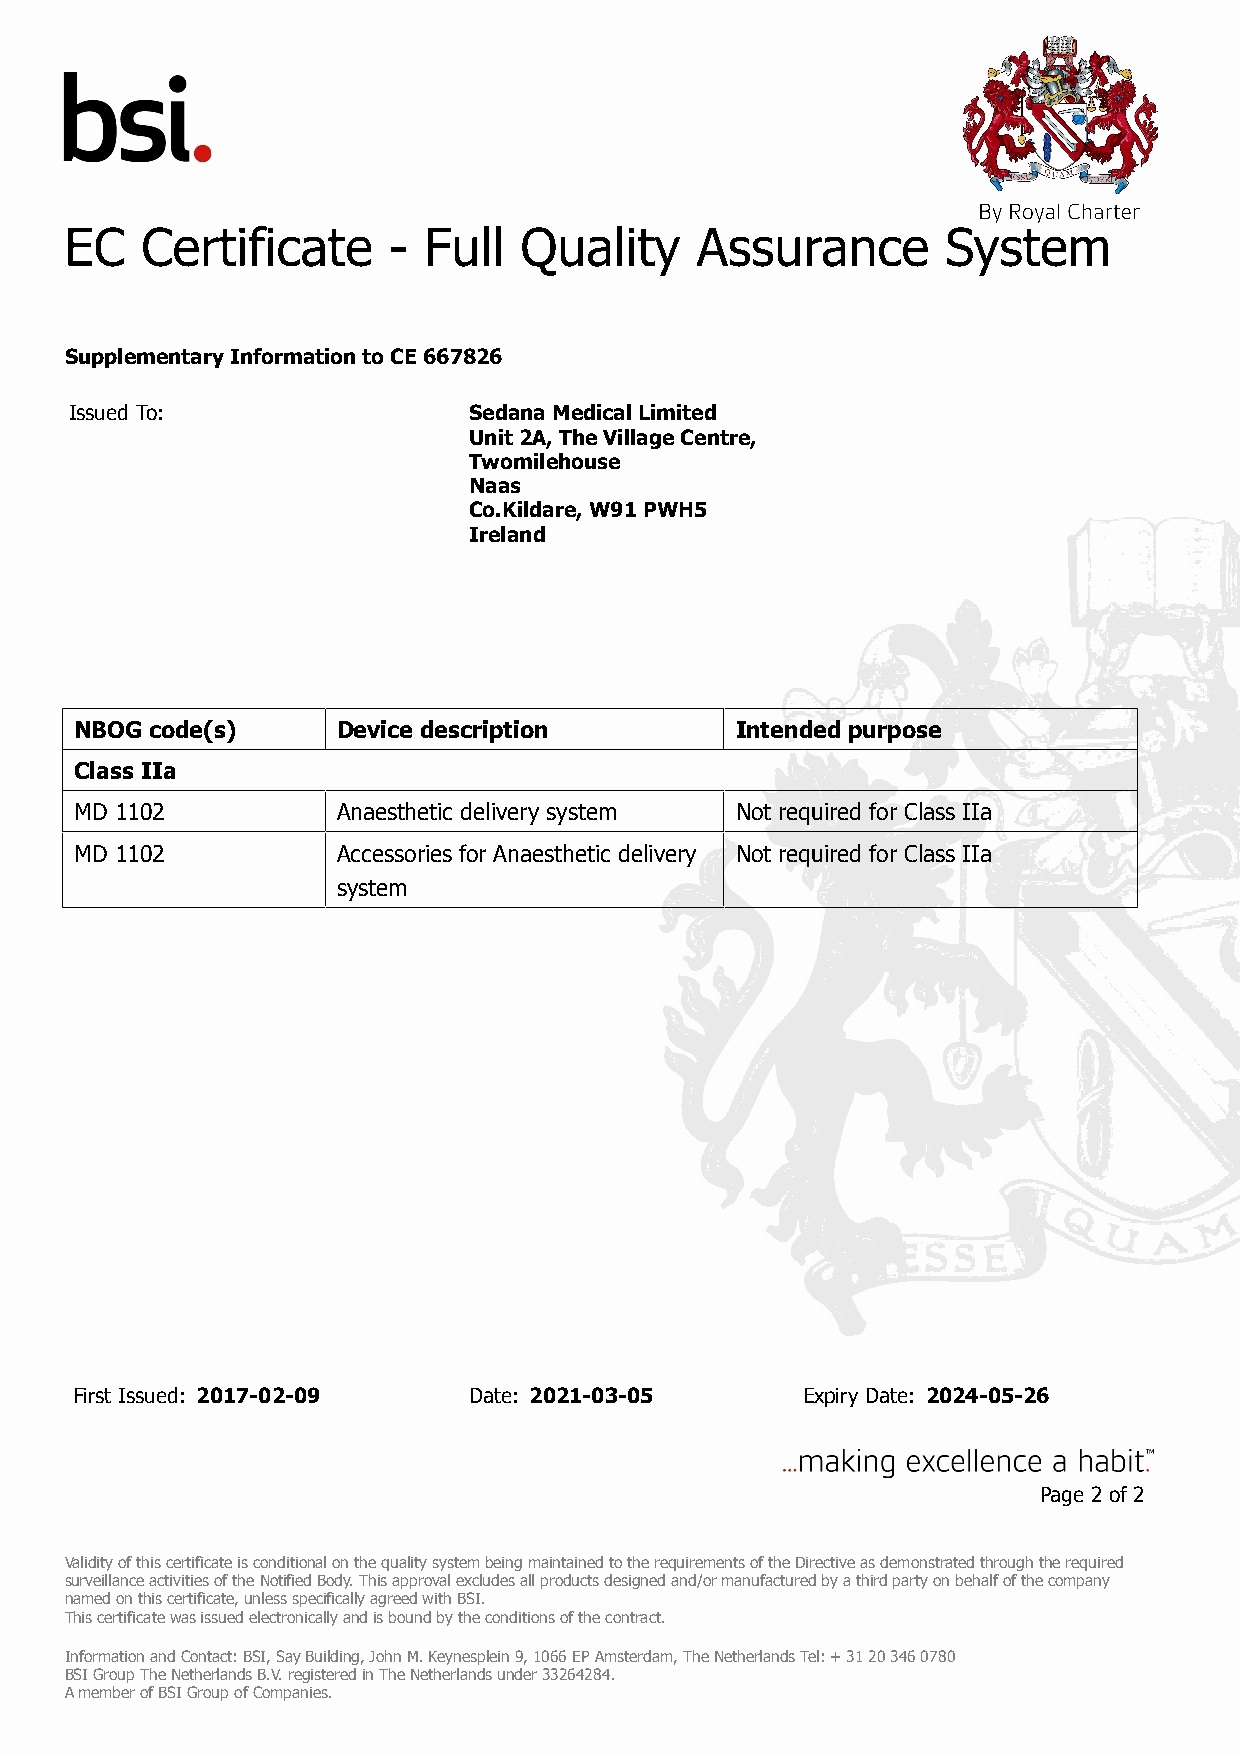
EC   Certificate      - Full  Quality     Assurance        System
 Supplementary Information to CE 667826
 Issued To:                Sedana Medical Limited
 Unit 2A, The Village Centre,
 Twomilehouse
 Naas
 Co.Kildare, W91 PWH5
 Ireland
 NBOG code(s)     Device description         Intended purpose
 Class IIa
 MD 1102          Anaesthetic delivery system Not required for Class IIa
 MD 1102          Accessories for Anaesthetic delivery Not required for Class IIa
 system
 First Issued: 2017-02-09  Date: 2021-03-05      Expiry Date: 2024-05-26
 Page 2 of 2
 Validity of this certificate is conditional on the quality system being maintained to the requirements of the Directive as demonstrated through the required
 surveillance activities of the Notified Body. This approval excludes all products designed and/or manufactured by a third party on behalf of the company
 named on this certificate, unless specifically agreed with BSI.
 This certificate was issued electronically and is bound by the conditions of the contract.
 Information and Contact: BSI, Say Building, John M. Keynesplein 9, 1066 EP Amsterdam, The Netherlands Tel: + 31 20 346 0780
 BSI Group The Netherlands B.V. registered in The Netherlands under 33264284.
 A member of BSI Group of Companies.